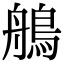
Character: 鵃